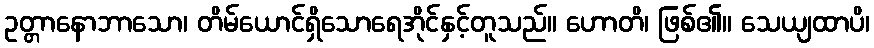
ဥတ္တာနောဘာသော၊ တိမ်ယောင်ရှိသောရေအိုင်နှင့်တူသည်။ ဟောတိ၊ ဖြစ်၏။ သေယျထာပိ၊